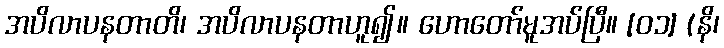
အပိလာပနတာတိ၊ အပိလာပနတာဟူ၍။ ဟောတော်မူအပ်ပြီ။ [၀၁] (နိ၊